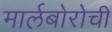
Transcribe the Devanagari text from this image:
मार्लबोरोची